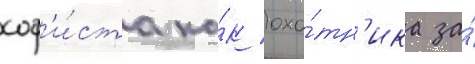
соф'и́ста ка́к охо́тн'ика за́